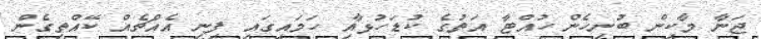
ޖަނާ މާކިން ބުނިހެން ހުއްޓާ އަތުގެ ކުޑަހުޅާއި ހަމައިގައި ފިނި އެއްޗެއް ކޭއްތިގެން